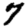
Digit: 7